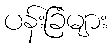
ပန်းခြံများ